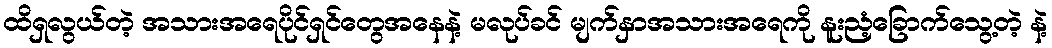
ထိရှလွယ်တဲ့ အသားအရေပိုင်ရှင်တွေအနေနဲ့ မလုပ်ခင် မျက်နှာအသားအရေကို နူးညံ့ခြောက်သွေ့တဲ့ နဲ့